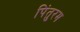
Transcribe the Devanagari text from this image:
पिंतुरम